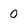
Character: 0